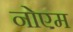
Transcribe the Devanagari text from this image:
नोएम